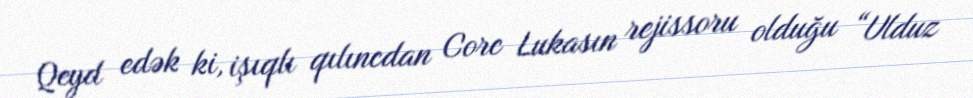
Qeyd edək ki, işıqlı qılıncdan Corc Lukasın rejissoru olduğu “Ulduz